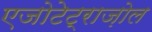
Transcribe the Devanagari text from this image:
एजोटेट्राज़ोल